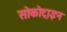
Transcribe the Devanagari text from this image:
सोकोट्राइन